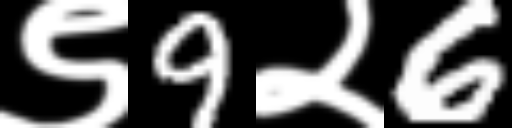
Text: ९9२6